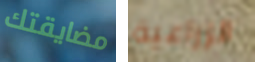
مضايقتك الزراعية